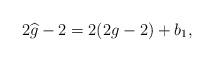
LaTeX: \begin{align*} 2\widehat{g}-2=2(2g-2)+b_1,\end{align*}